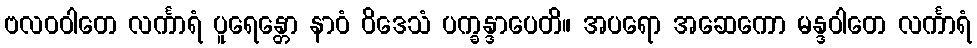
ဗလဝဝါတေ လင်္ကာရံ ပူရေန္တော နာဝံ ဝိဒေသံ ပက္ခန္ဒာပေတိ။ အပရော အဆေကော မန္ဒဝါတေ လင်္ကာရံ